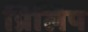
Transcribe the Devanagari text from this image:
प्रिलिप